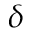
\delta